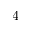
4